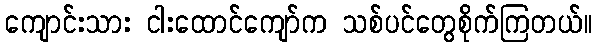
ကျောင်းသား ငါးထောင်ကျော်က သစ်ပင်တွေစိုက်ကြတယ်။